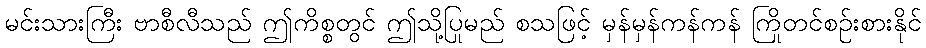
မင်းသားကြီး ဗာစီလီသည် ဤကိစ္စတွင် ဤသို့ပြုမည် စသဖြင့် မှန်မှန်ကန်ကန် ကြိုတင်စဉ်းစားနိုင်